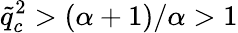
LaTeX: \tilde{q}_{c}^{2}>(\alpha+1)/\alpha>1